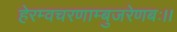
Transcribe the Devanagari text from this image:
हेरम्वचरणाम्बुजरेणबः।।